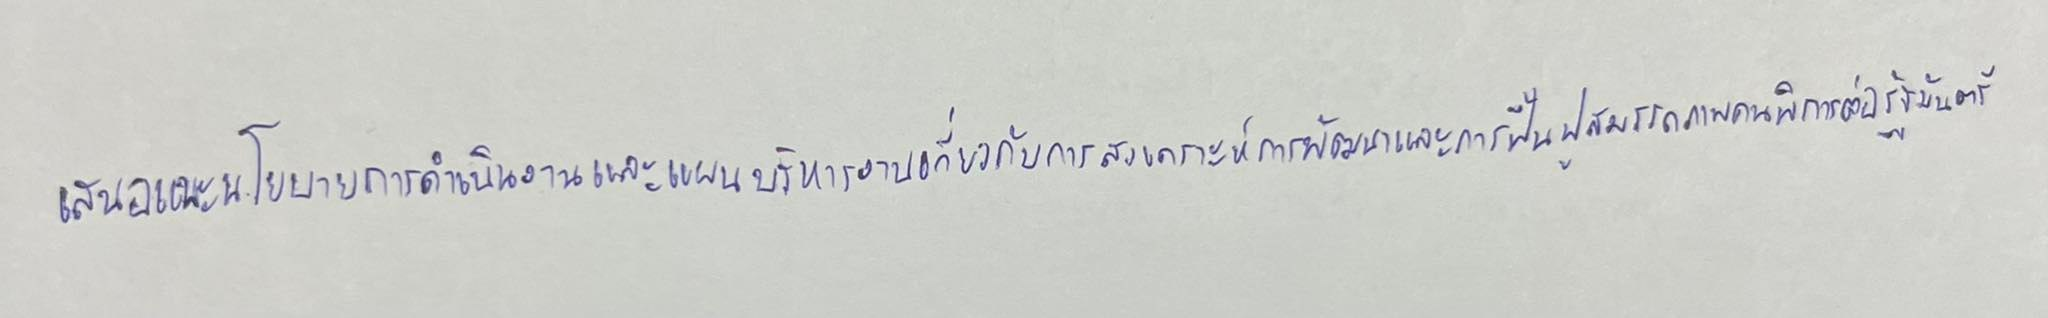
เสนอแนะนโยบายการดำเนินงานและแผนบริหารงานเกี่ยวกับการสงเคราะห์การพัฒนาและการฟื้นฟูสมรรถภาพคนพิการต่อรัฐมนตรี